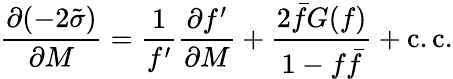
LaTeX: \frac{\partial(-2\tilde{\sigma})}{\partial M}=\frac{1}{f^{\prime}}\frac{\partial f^{\prime}}{\partial M}+\frac{2\bar{f}G(f)}{1-f\bar{f}}+\mathrm{c.c.}